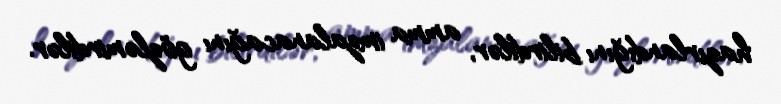
hazırlandığını bilirdilər, amma imzalanacağını gözləmirdilər.